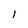
Character: l